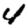
Digit: 4